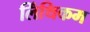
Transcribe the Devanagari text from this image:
लिंथिकम